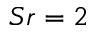
S r = 2